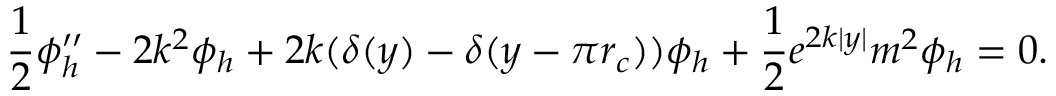
\frac { 1 } { 2 } \phi _ { h } ^ { \prime \prime } - 2 k ^ { 2 } \phi _ { h } + 2 k ( \delta ( y ) - \delta ( y - \pi r _ { c } ) ) \phi _ { h } + \frac { 1 } { 2 } e ^ { 2 k | y | } m ^ { 2 } \phi _ { h } = 0 .